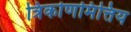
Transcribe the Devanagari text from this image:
त्रिकोणमित्तिय